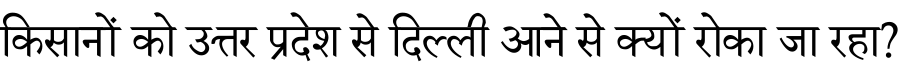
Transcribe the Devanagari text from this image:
किसानों को उत्तर प्रदेश से दिल्ली आने से क्यों रोका जा रहा?